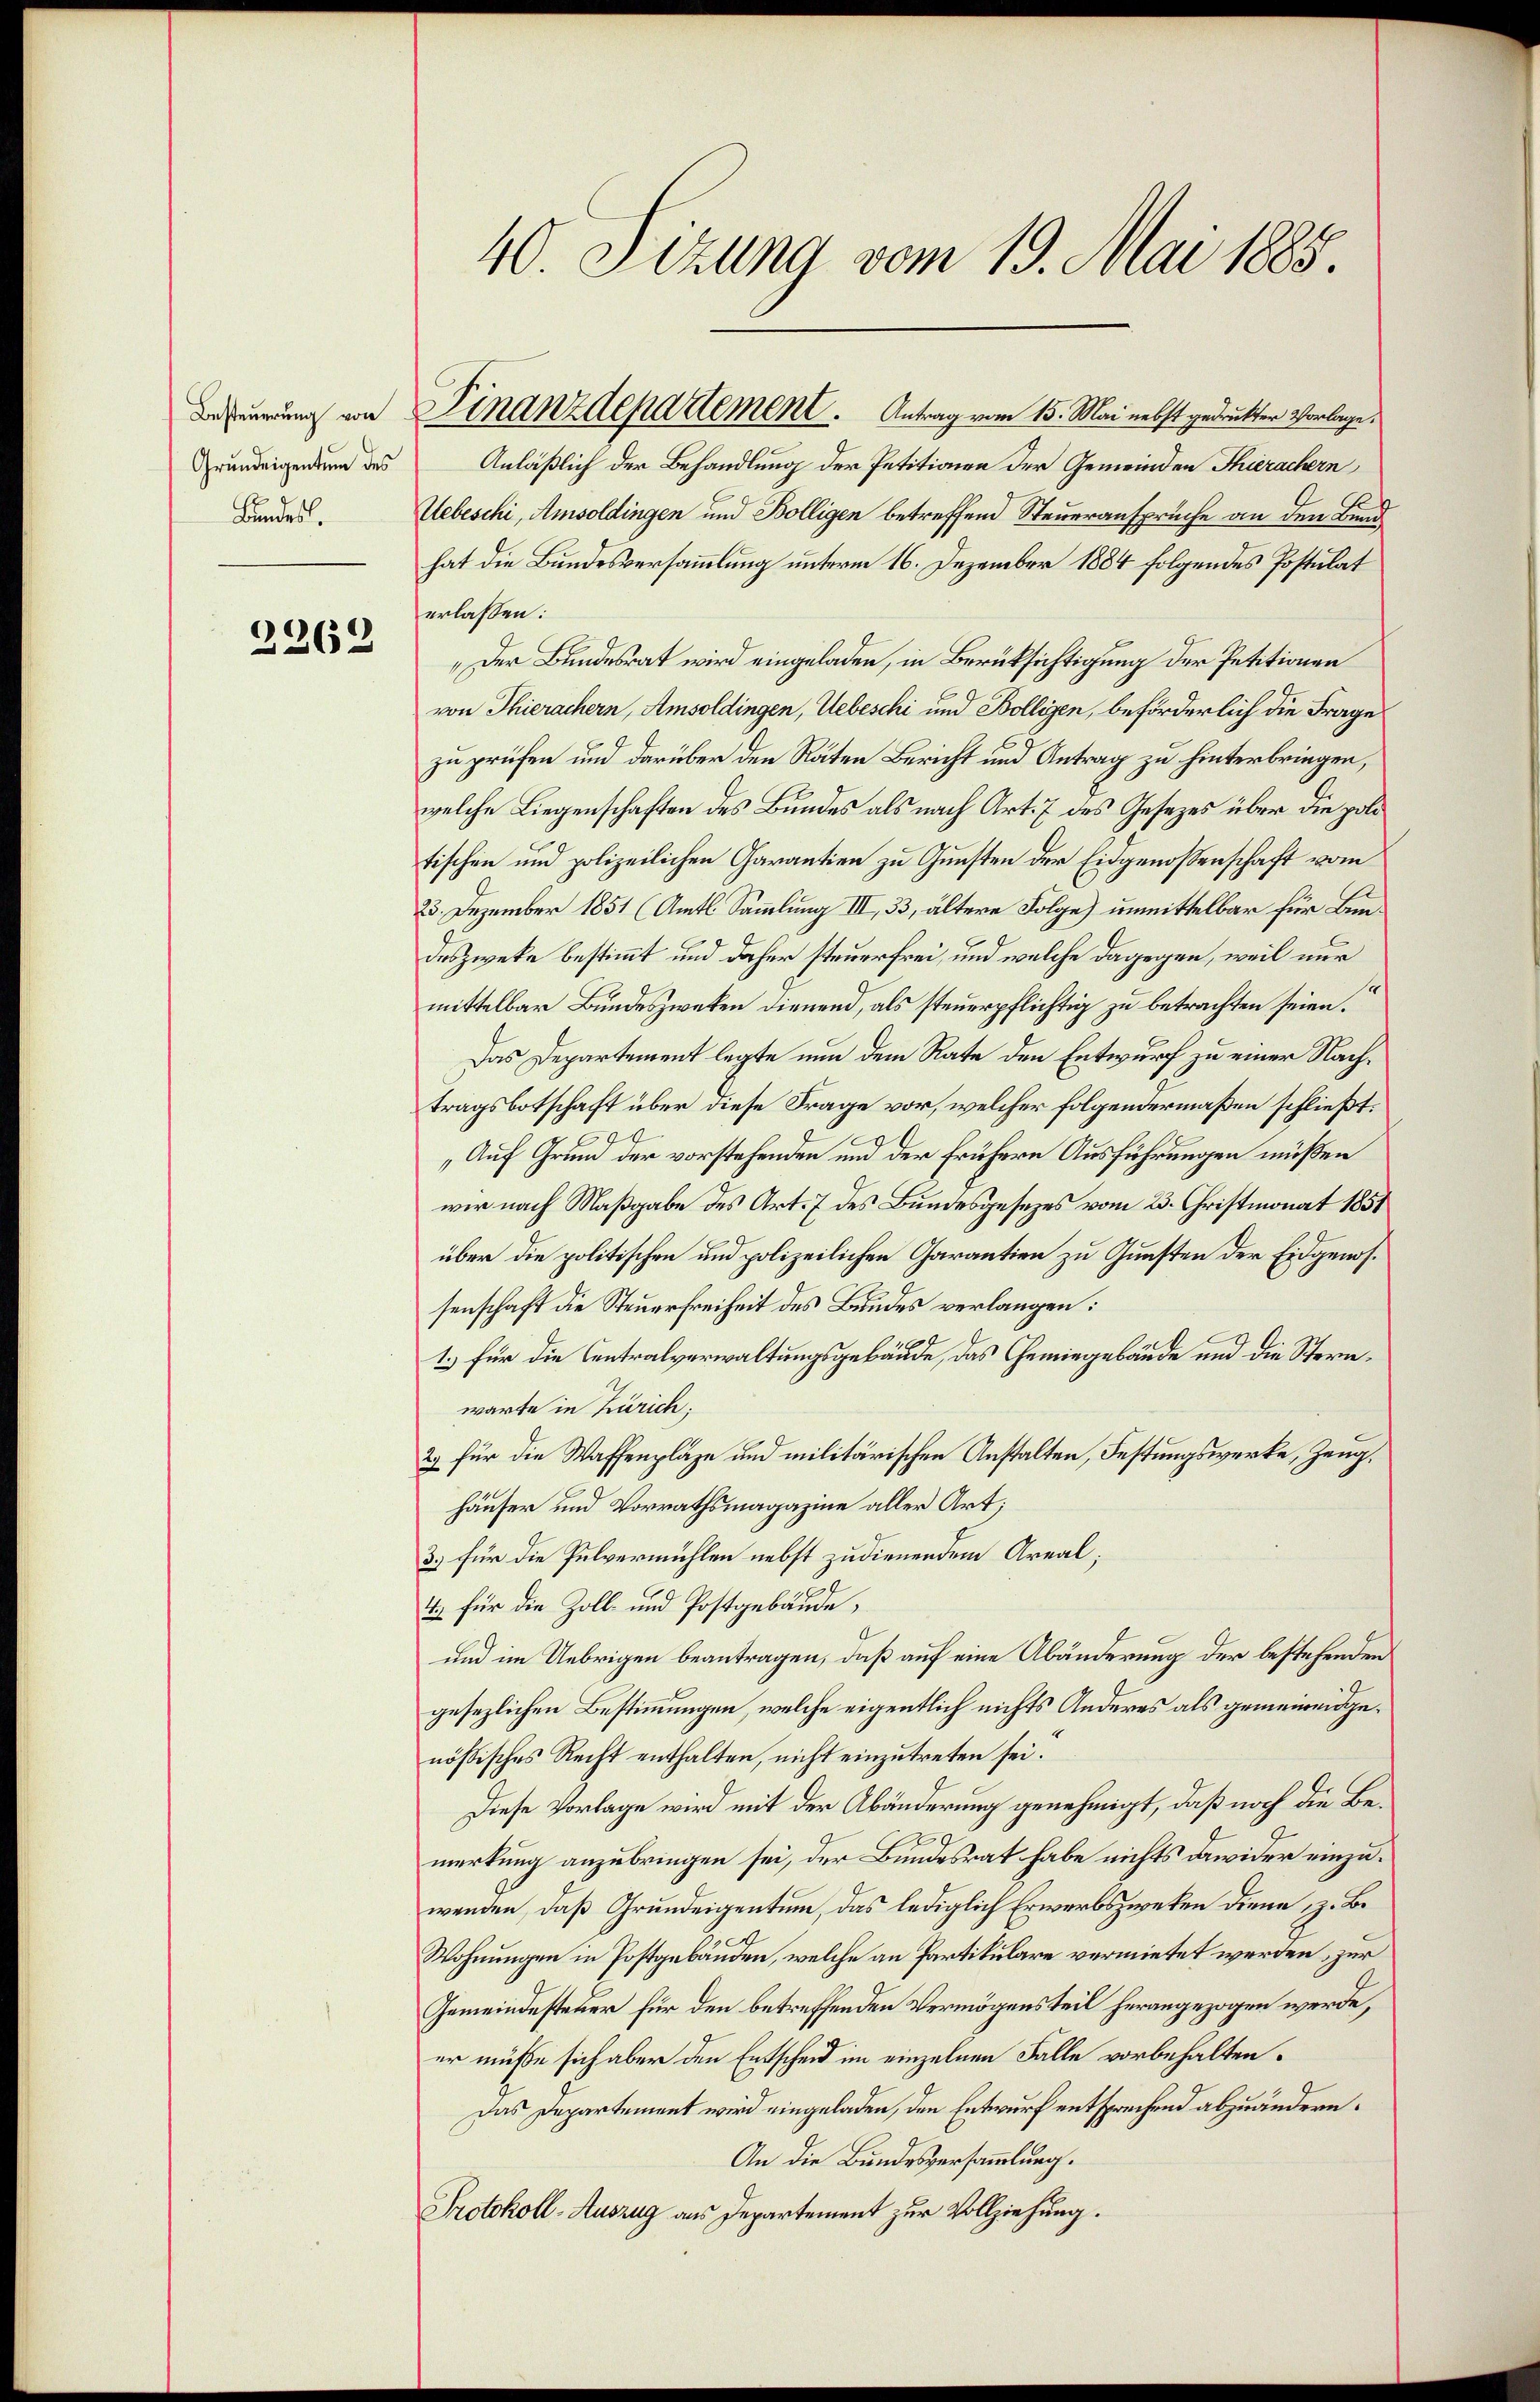
Besteuerung von
Grundeigentum des
Bundes.

2262

Finanzdepartement. Antrag vom 15. Mai nebst gedruckter Vorlage.
Anläßlich der Behandlung der Petitionen der Gemeinden Thierachern
Uebeschi, Amsoldingen und Bolligen betreffend Steueransprüche an den Bund
hat die Bundesversammlung unterm 16. Dezember 1884 folgendes Postulat
erlassen:
„Der Bundesrat wird eingeladen, in Berüksichtigung der Petitionen
von Thierachern, Amsoldingen, Uebeschi und Bolligen, beförderlich die Frage
zu prüfen und darüber den Räten Bericht und Antrag zu hinterbringen,
welche Liegenschaften des Bundes als nach Art. 7 des Gesezes über die politischen und polizeilichen Charantien zu Gunsten der Eidgenoßenschaft vom
23. Dezember 1851 (Amts Sammlung III, 33, ältere Folge) unmittelbar für Bundeszwecke bestimmt und daher steuerfrei, und welche dagegen, weil nur
mittelbar Bundeszwecken dienend, als steuerpflichtig zu betrachten seien.
Das Departement legte nun dem Rate den Entwurf zu einer Nachtragsbotschaft über diese Frage vor, welcher folgendermaßen schließt:
„Auf Grund der vorstehenden und der frühere Ausführungen müßen
wir nach Maßgabe des Art. 7 des Bundesgesetzes vom 23. Christmonat 1851
über die politischen und polizeilichen Charantien zu Gunsten der Eidgenossenschaft die Steuerfreiheit des Bundes verlangen:
1.) für die Centralverwaltungsgebäude, das Gemingebäude und die Sternwarte in Zürich;
2) für die Waffenplaze und militärischen Anstalten, Festungswerke, Zeughäuser und Vorrathsmagazine aller Art;
3.) für die Pulvermühlen nebst zudienendem Areal;
4.) für die Zoll- und Postgebäude,
.
und im Uebrigen beantragen, daß auf eine Abänderung der bestehenden
gesezlichen Bestimmungen, welche eigentlich nichts Anderes als gemeineidgenößisches Recht enthalten, nicht einzutreten sei.
Diese Vorlage wird mit der Abänderung genehmigt, daß noch die Be¬
76
merkung anzubringen sei, der Bundesrat habe nichts dawider einzuwenden, daß Grundeigentum, das lediglich Erwerbszweken diene, z. B.
Wohnungen in Postgebäuden, welche an Partikulare vermietet werden, zur
Gemeindesteher für den betreffenden Vermögensteil herangezogen werde,
er müße sich aber den Entscheid im einzelnen Falle vorbehalten.
Das Departement wird eingeladen, den Entwurf entsprechend abzuändern.
An die Bundesversammlung.
Protokoll-Auszug aus Departement zur Vollziehung.

40. Sizung vom 19. Mai 1885.